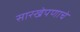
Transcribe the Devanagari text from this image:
सारखेपणाचे